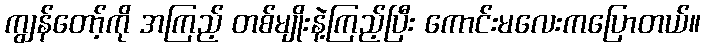
ကျွန်တော့်ကို အကြည့် တစ်မျိုးနဲ့ကြည့်ပြီး ကောင်းမလေးကပြောတယ်။